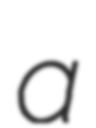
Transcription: a